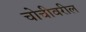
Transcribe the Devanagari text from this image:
चोचीवरील